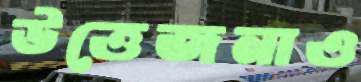
উত্তেজনাও